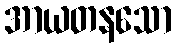
အာယတနသော